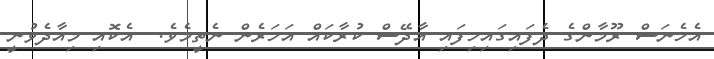
އެހެނަސް ރޫމާންގެ ދެފައިގައިހިފައި އާދޭސް ކުރާކައް އަހަރެން ނެތީމެވެ.  އެކޮއި މިއާދެވުނީ